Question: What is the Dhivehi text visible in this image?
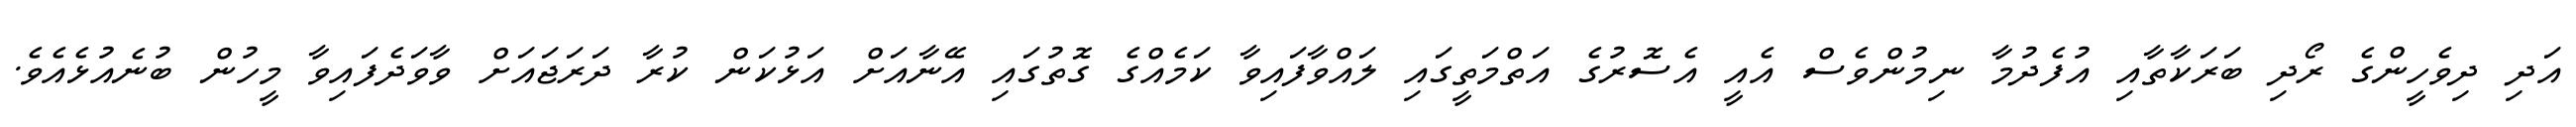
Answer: އަދި ދިވެހީންގެ ރޯދި ބަރަކާތާއި އުފެދުމާ ނިމުންވެސް އެއީ އެސޮރުގެ އަތްމަތީގައި ލައްވާފައިވާ ކަމެއްގެ ގޮތުގައި އޭނާއަށް އަޅުކަން ކުރާ ދަރަޖައަށް ވާވަދެފައިވާ މީހުން ބުނެއުޅެއެވެ.